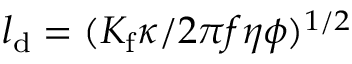
l _ { \mathrm { d } } = ( K _ { \mathrm { f } } \kappa / 2 \pi f \eta \phi ) ^ { 1 / 2 }